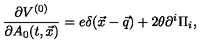
{ \frac { \partial V ^ { ( 0 ) } } { \partial A _ { 0 } ( t , \vec { x } ) } } = e \delta ( \vec { x } - \vec { q } ) + 2 \theta \partial ^ { i } \Pi _ { i } ,